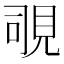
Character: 覗